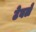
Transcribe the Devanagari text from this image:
टेवले